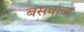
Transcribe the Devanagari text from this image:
बसवावा